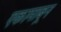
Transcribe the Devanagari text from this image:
एकामाबून